Report on lock hospitals in British Burma
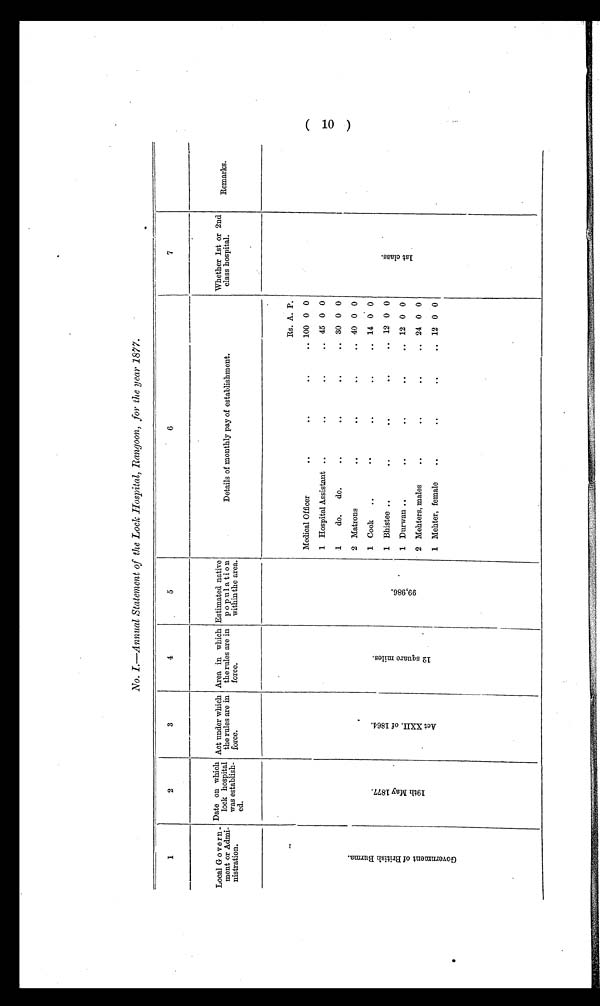
No. I.—Annual Statement of the Lock Hospital, Rangoon, for the year 1877.
1
2
3
4
5
6
7
Local Govern-
ment or Admi-
nistration.
Date on which
lock hospital
was establish-
ed.
Act under which
the rules are in
force.
Area in which
the rules are in
force.
Estimated native
p o p u l a ti o n
within the area.
Details of monthly pay of establishment,
Whether 1st or 2nd
class hospital.
Remarks.
G o v e r n m e n t o f B r i t i s h B u r m a .
1 9 t h M a y 1 8 7 7 .
A c t X X I I . o f 1 8 6 4 .
1 2 s q u a r e m i l e s .
9 9 , 9 8 6 .
Rs. A. P.
1 s t c l a s s .
Medical Officer
..
. .
..
.. 100 0 0
1 Hospital Assistant ..
. .
. .
.. 45 0 0
1
do.
do.
..
. .
..
.. 30 0 0
2 Matrons
. .
..
..
.. 40 0 0
1 Cook
..
. .
. .
..
. . 14 0 0
1
Bhistee ..
..
..
..
.. 12 0 0
1 Durwan ..
..
..
..
.. 12 0 0
2 Mehters, males
..
. .
..
.. 24 0 0
1 Mehter, female
..
..
..
.. 12 0 0
(10)